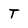
Character: T